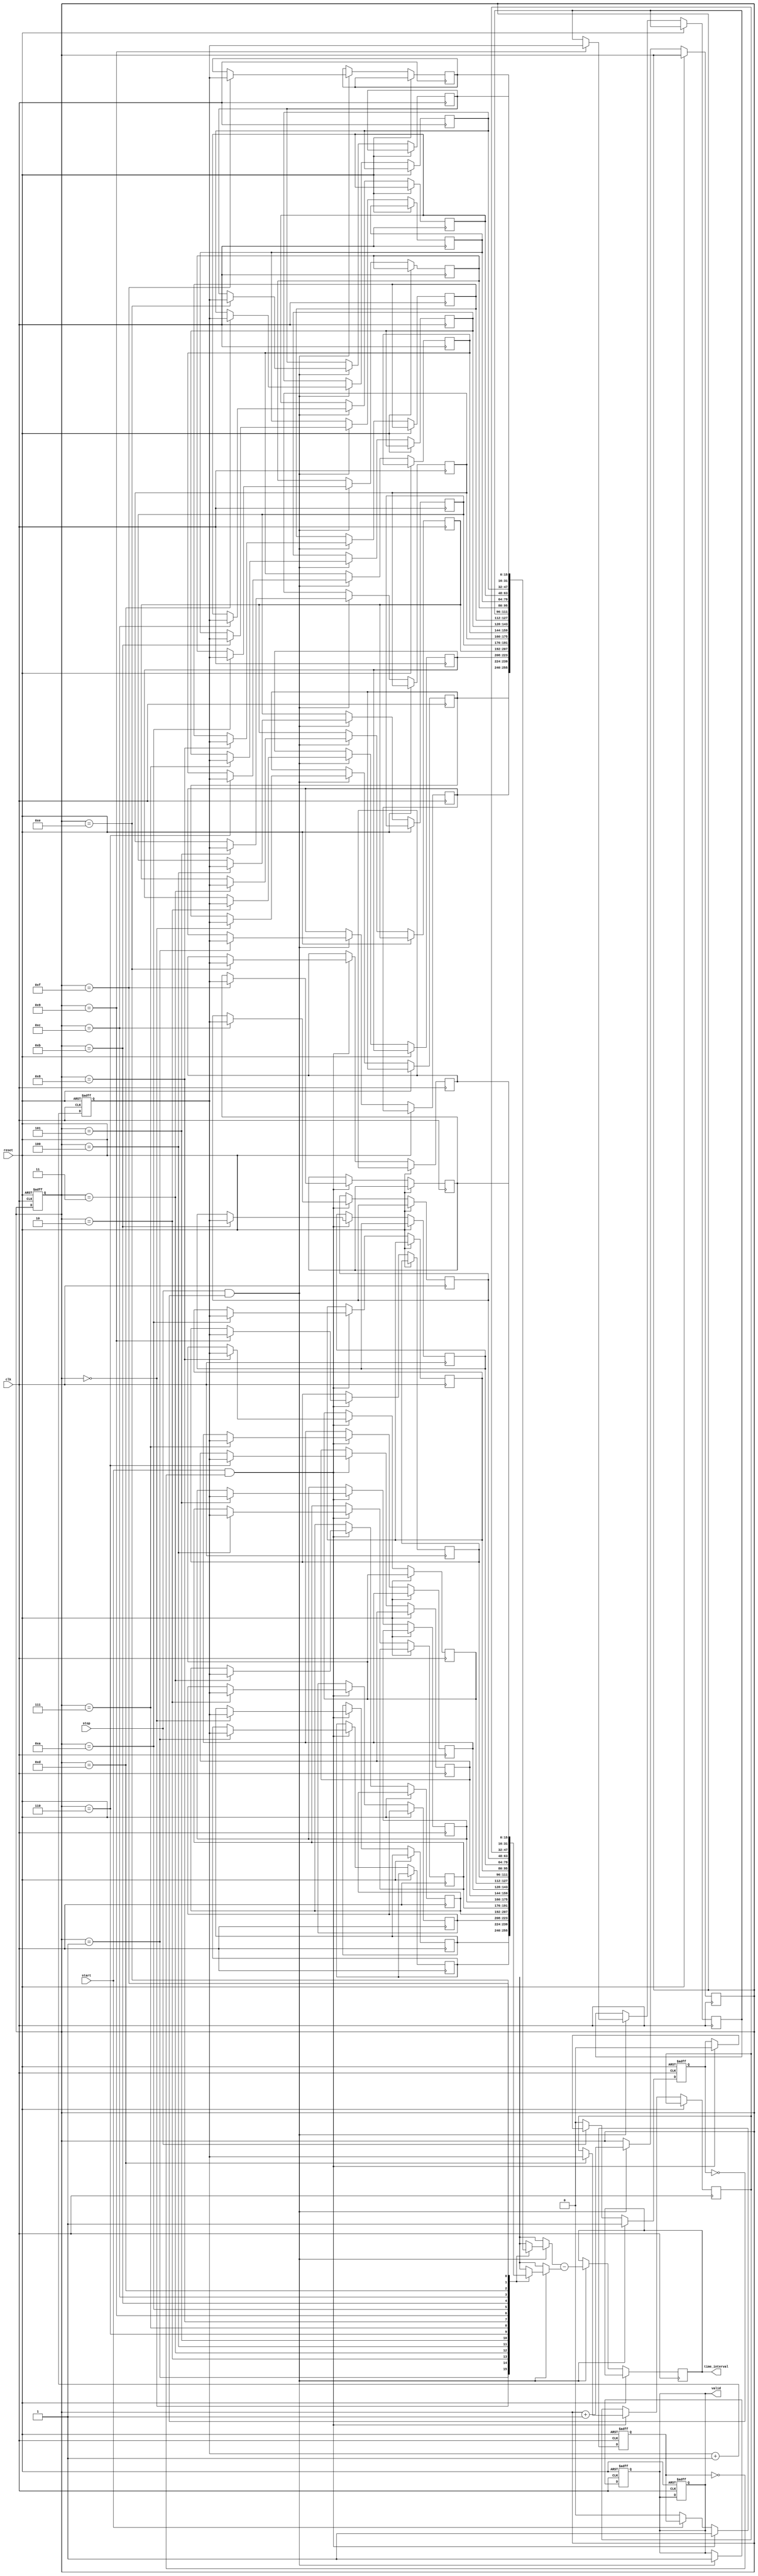
module TDC (
    input wire clk,          // High-frequency clock signal
    input wire reset,        // Reset signal
    input wire start,        // Start signal (S)
    input wire stop,         // Stop signal (E)
    output reg [15:0] time_interval, // Output time interval
    output reg valid         // Output valid signal
);

    // Parameters
    parameter MEM_SIZE = 16; // Size of the memory block
    parameter COUNTER_WIDTH = 16; // Width of the counter

    // Memory to store timestamps
    reg [COUNTER_WIDTH-1:0] memory_start [0:MEM_SIZE-1];
    reg [COUNTER_WIDTH-1:0] memory_stop [0:MEM_SIZE-1];
    reg [3:0] write_pointer; // Pointer for writing to memory
    reg [COUNTER_WIDTH-1:0] counter; // Counter for clock cycles
    reg start_detected; // Flag for start detection
    reg stop_detected; // Flag for stop detection

    // Initialize memory and pointers
    initial begin
        write_pointer = 0;
        counter = 0;
        valid = 0;
    end

    // Counter logic
    always @(posedge clk or posedge reset) begin
        if (reset) begin
            counter <= 0;
            write_pointer <= 0;
            valid <= 0;
        end else begin
            counter <= counter + 1; // Increment counter on each clock cycle
        end
    end

    // Event detection logic
    always @(posedge clk or posedge reset) begin
        if (reset) begin
            start_detected <= 0;
            stop_detected <= 0;
            valid <= 0;
        end else begin
            // Detect start signal
            if (start && !start_detected) begin
                memory_start[write_pointer] <= counter; // Store start timestamp
                start_detected <= 1;
                stop_detected <= 0; // Reset stop detection
            end else if (!start) begin
                start_detected <= 0; // Reset start detection
            end

            // Detect stop signal
            if (stop && !stop_detected) begin
                memory_stop[write_pointer] <= counter; // Store stop timestamp
                time_interval <= memory_stop[write_pointer] - memory_start[write_pointer]; // Calculate time interval
                valid <= 1; // Indicate valid output
                write_pointer <= write_pointer + 1; // Move to next memory location
                stop_detected <= 1;
            end else if (!stop) begin
                stop_detected <= 0; // Reset stop detection
            end
        end
    end

endmodule